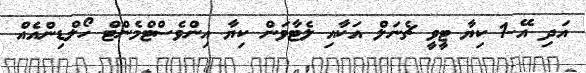
އަދި އޭ-1 ކިޔާ ޓީވީ ޗެނަލް އަކާއި ލެޓާވަން ކިޔާ އިންވެސްޓްމެންޓް ހޯލްޑިންއެއް